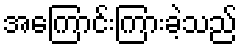
အကြောင်းကြားခဲ့သည်